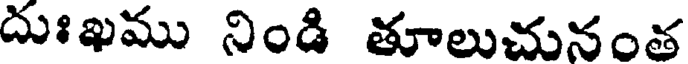
దుఃఖము నిండి తూలుచునంత